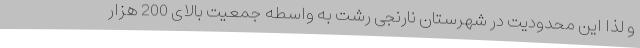
و لذا این محدودیت در شهرستان نارنجی رشت به واسطه جمعیت بالای 200 هزار